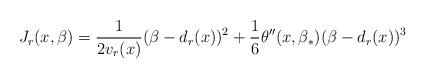
LaTeX: \begin{align*}J_r(x,\beta) = \frac{1}{2v_r(x)}(\beta-d_r(x))^2 + \frac{1}{6}\theta''(x,\beta_*)(\beta-d_r(x))^3\end{align*}